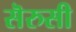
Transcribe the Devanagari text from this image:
सॆरुसी